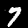
Label: 7